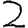
Digit: 2